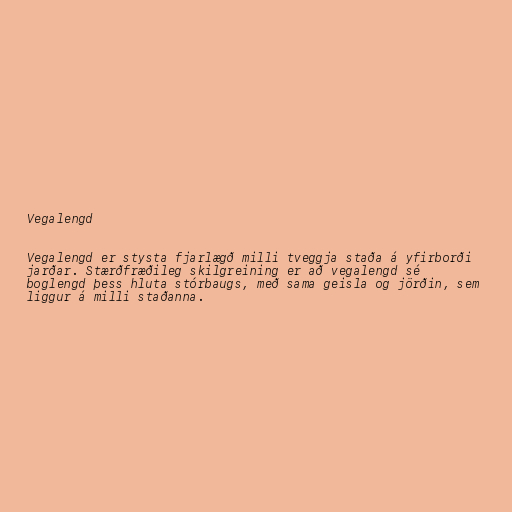
Vegalengd

Vegalengd er stysta fjarlægð milli tveggja staða á yfirborði
jarðar. Stærðfræðileg skilgreining er að vegalengd sé
boglengd þess hluta stórbaugs, með sama geisla og jörðin, sem
liggur á milli staðanna.